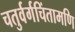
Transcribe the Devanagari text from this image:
चतुर्वर्गचिंतामणि